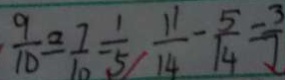
\frac { 9 } { 1 0 } = \frac { 7 } { 1 0 } - \frac { 1 } { 5 } \frac { 1 1 } { 1 4 } - \frac { 5 } { 1 4 } = \frac { 3 } { 7 }